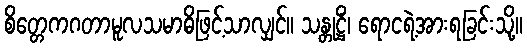
စိတ္တေကဂတာမူလသမာဓိဖြင့်သာလျှင်။ သန္တုဋ္ဌိံ၊ ရောငရဲ့အားရခြင်းသို့။